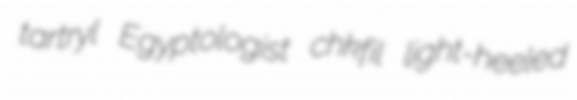
tartryl Egyptologist chkfil light-heeled